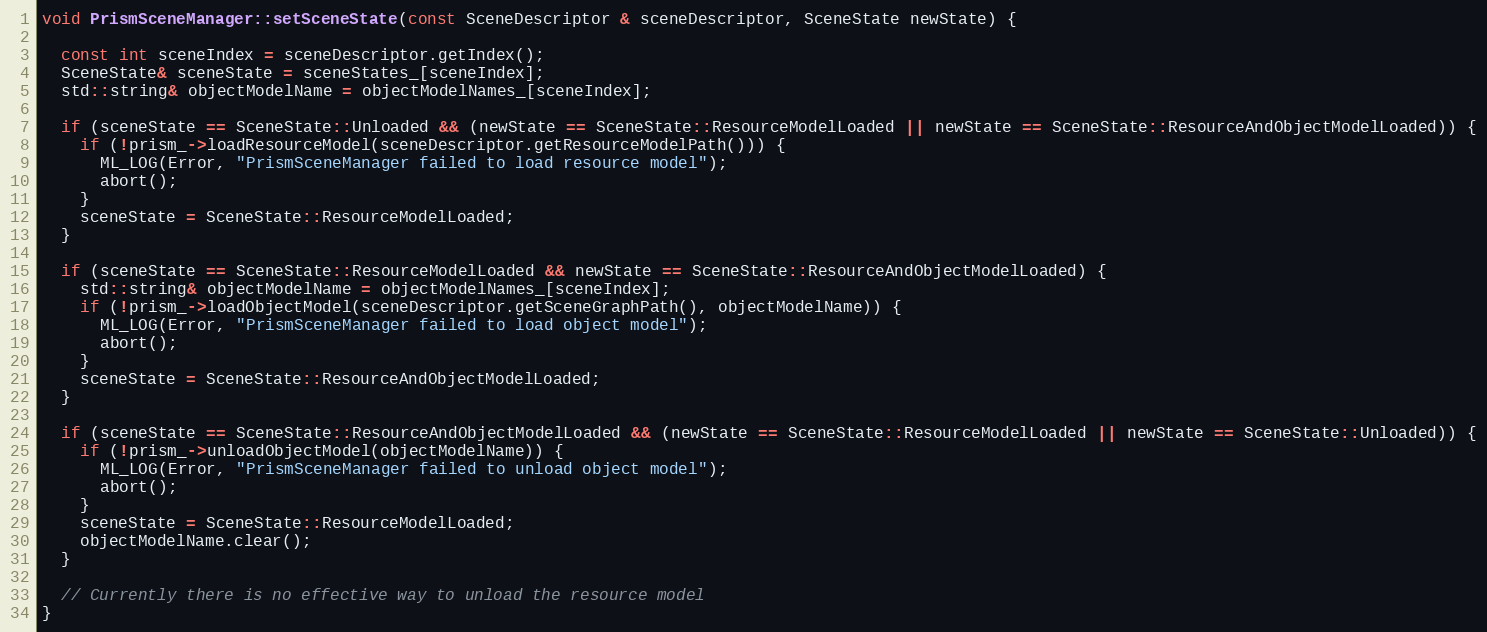
Language: C++
void PrismSceneManager::setSceneState(const SceneDescriptor & sceneDescriptor, SceneState newState) {

  const int sceneIndex = sceneDescriptor.getIndex();
  SceneState& sceneState = sceneStates_[sceneIndex];
  std::string& objectModelName = objectModelNames_[sceneIndex];

  if (sceneState == SceneState::Unloaded && (newState == SceneState::ResourceModelLoaded || newState == SceneState::ResourceAndObjectModelLoaded)) {
    if (!prism_->loadResourceModel(sceneDescriptor.getResourceModelPath())) {
      ML_LOG(Error, "PrismSceneManager failed to load resource model");
      abort();
    }
    sceneState = SceneState::ResourceModelLoaded;
  }

  if (sceneState == SceneState::ResourceModelLoaded && newState == SceneState::ResourceAndObjectModelLoaded) {
    std::string& objectModelName = objectModelNames_[sceneIndex];
    if (!prism_->loadObjectModel(sceneDescriptor.getSceneGraphPath(), objectModelName)) {
      ML_LOG(Error, "PrismSceneManager failed to load object model");
      abort();
    }
    sceneState = SceneState::ResourceAndObjectModelLoaded;
  }

  if (sceneState == SceneState::ResourceAndObjectModelLoaded && (newState == SceneState::ResourceModelLoaded || newState == SceneState::Unloaded)) {
    if (!prism_->unloadObjectModel(objectModelName)) {
      ML_LOG(Error, "PrismSceneManager failed to unload object model");
      abort();
    }
    sceneState = SceneState::ResourceModelLoaded;
    objectModelName.clear();
  }

  // Currently there is no effective way to unload the resource model
}